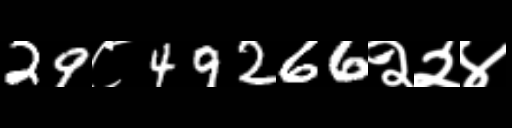
Text: 29८49266२२४